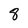
Character: 8